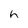
Character: h